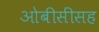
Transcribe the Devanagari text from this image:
ओबीसींसह